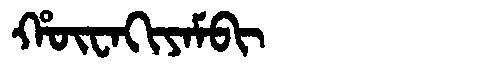
Manchu: ᡥᡡᠸᠠᡴᡳᠶᠠᠮᠪᡳ
Romanization: HŪWAKIYAMBI